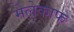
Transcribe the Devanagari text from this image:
मेलेकाफ